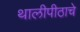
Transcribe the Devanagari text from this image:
थालीपीठाचे